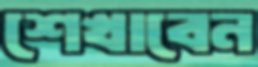
শেখাবেন